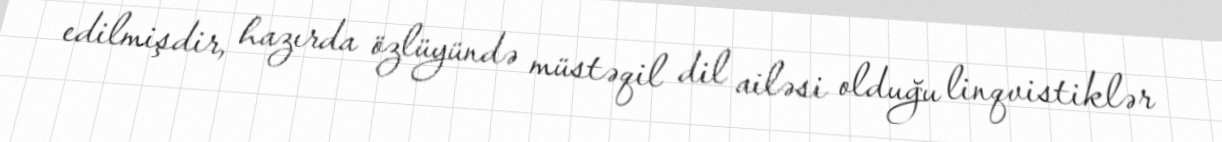
edilmişdir, hazırda özlüyündə müstəqil dil ailəsi olduğu linqvistiklər